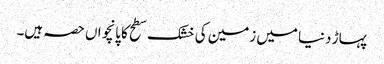
پہاڑ دنیا میں زمین کی خشک سطح کا پانچواں حصہ ہیں۔